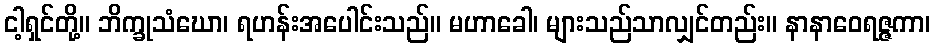
ငါ့ရှင်တို့။ ဘိက္ခုသံဃော၊ ရဟန်းအပေါင်းသည်။ မဟာခေါ၊ များသည်သာလျှင်တည်း။ နာနာဝေရဇ္ဇကာ၊